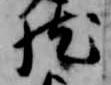
然